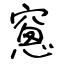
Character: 窻